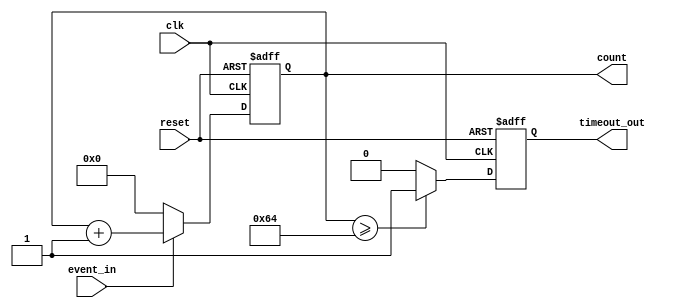
module timeout_counter (
    input wire clk,                // Clock signal
    input wire reset,              // Reset signal (active high)
    input wire event_in,           // Event input signal
    output reg [7:0] count,        // Counter value (8-bit wide)
    output reg timeout_out         // Time-out output signal
);

// Parameter for time-out threshold
parameter TIMEOUT_THRESHOLD = 8'd100; // Example threshold value

// Synchronous process
always @(posedge clk or posedge reset) begin
    if (reset) begin
        // Reset counter and timeout signal
        count <= 8'b0;
        timeout_out <= 1'b0;
    end else begin
        if (event_in) begin
            // Increment counter when event is active
            count <= count + 1;
        end else begin
            // Reset counter when event is inactive
            count <= 8'b0;
        end
        
        // Check for time-out condition
        if (count >= TIMEOUT_THRESHOLD) begin
            timeout_out <= 1'b1; // Assert time-out signal
        end else begin
            timeout_out <= 1'b0; // Deassert time-out signal
        end
    end
end

endmodule